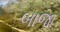
બાજા